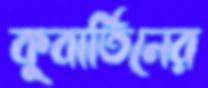
কুবার্তিনের